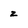
Character: z